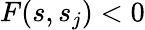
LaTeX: F(s,s_{j})<0